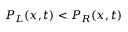
P _ { L } ( x , t ) < P _ { R } ( x , t )